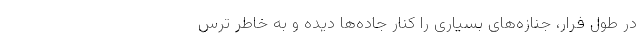
در طول فرار، جنازه‌های بسیاری را کنار جاده‌ها دیده‌ و به خاطر ترس